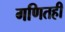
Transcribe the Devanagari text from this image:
गणितही